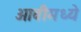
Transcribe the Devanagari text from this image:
ओवीमध्ये